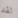
لقد